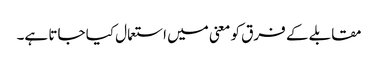
مقابلے کے فرق کو معنی میں استعمال کیا جاتا ہے۔